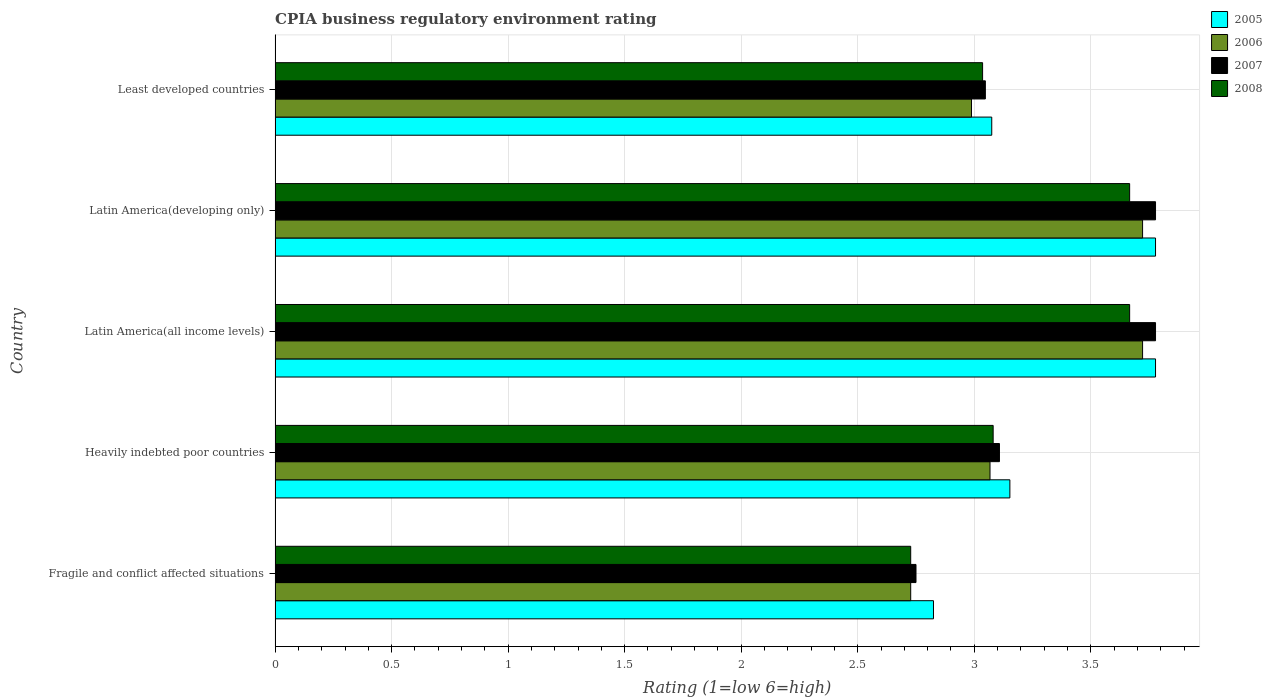
| Country | 2005 | 2006 | 2007 | 2008 |
 | --- | --- | --- | --- | --- |
 | Fragile and conflict affected situations | 2.83 | 2.73 | 2.75 | 2.73 |
 | Heavily indebted poor countries | 3.15 | 3.07 | 3.11 | 3.08 |
 | Latin America(all income levels) | 3.78 | 3.72 | 3.78 | 3.67 |
 | Latin America(developing only) | 3.78 | 3.72 | 3.78 | 3.67 |
 | Least developed countries | 3.08 | 2.99 | 3.05 | 3.04 |